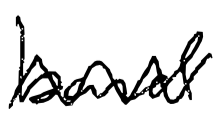
Text: band
Cross-out: mix
Writing tool: digital_black